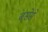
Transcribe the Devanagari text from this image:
बसेसे